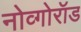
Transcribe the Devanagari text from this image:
नोव्गोरॉड